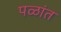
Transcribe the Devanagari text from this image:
पळांत